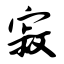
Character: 寂